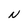
Character: N